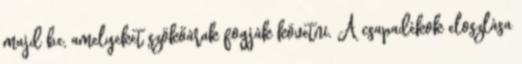
majd be, amelyeket szökőárak fogják követni. A csapadékok eloszlása